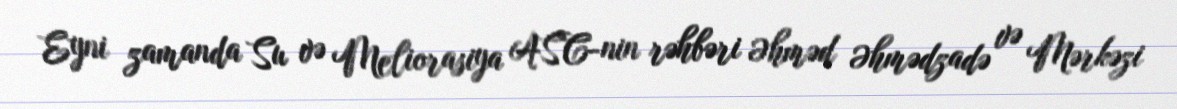
Eyni zamanda Su və Meliorasiya ASC-nin rəhbəri Əhməd Əhmədzadə və Mərkəzi